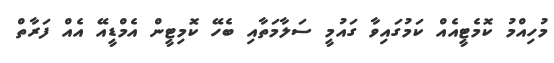
މުހިއްމު ކޮމެޓީއެއް ކަމުގައިވާ ގައުމީ ސަލާމަތާއި ބެހޭ ކޮމިޓީން އެމްޑީއޭ އެއް ފަރާތް